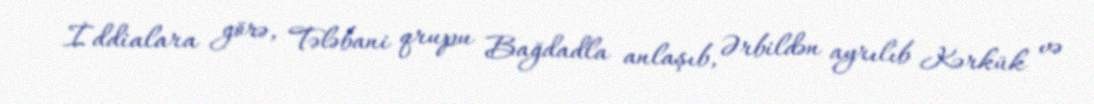
İddialara görə, Tələbani qrupu Bağdadla anlaşıb, Ərbildən ayrılıb Kərkük və